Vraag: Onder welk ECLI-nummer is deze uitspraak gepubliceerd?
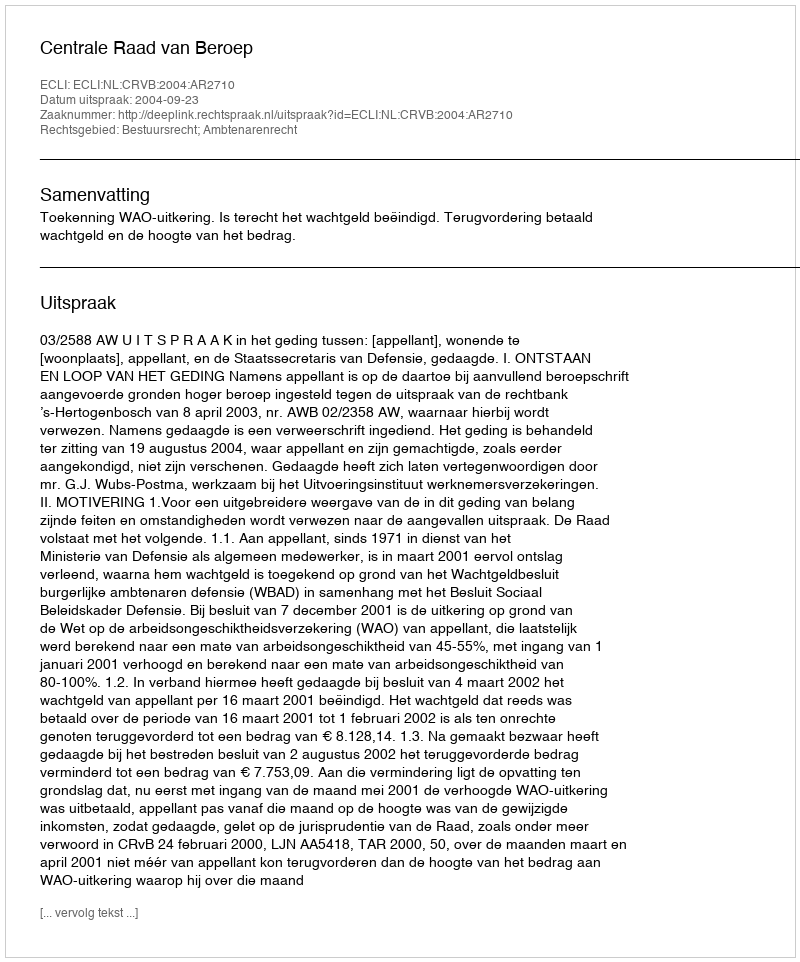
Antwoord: ECLI:NL:CRVB:2004:AR2710